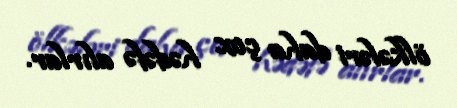
ölkələri daha çox hədəfə alırlar.